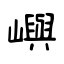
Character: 嶼